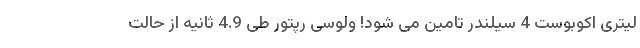
لیتری اکوبوست 4 سیلندر تامین می شود! ولوسی رپتور طی 4.9 ثانیه از حالت